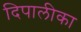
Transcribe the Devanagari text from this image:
दिपालीका